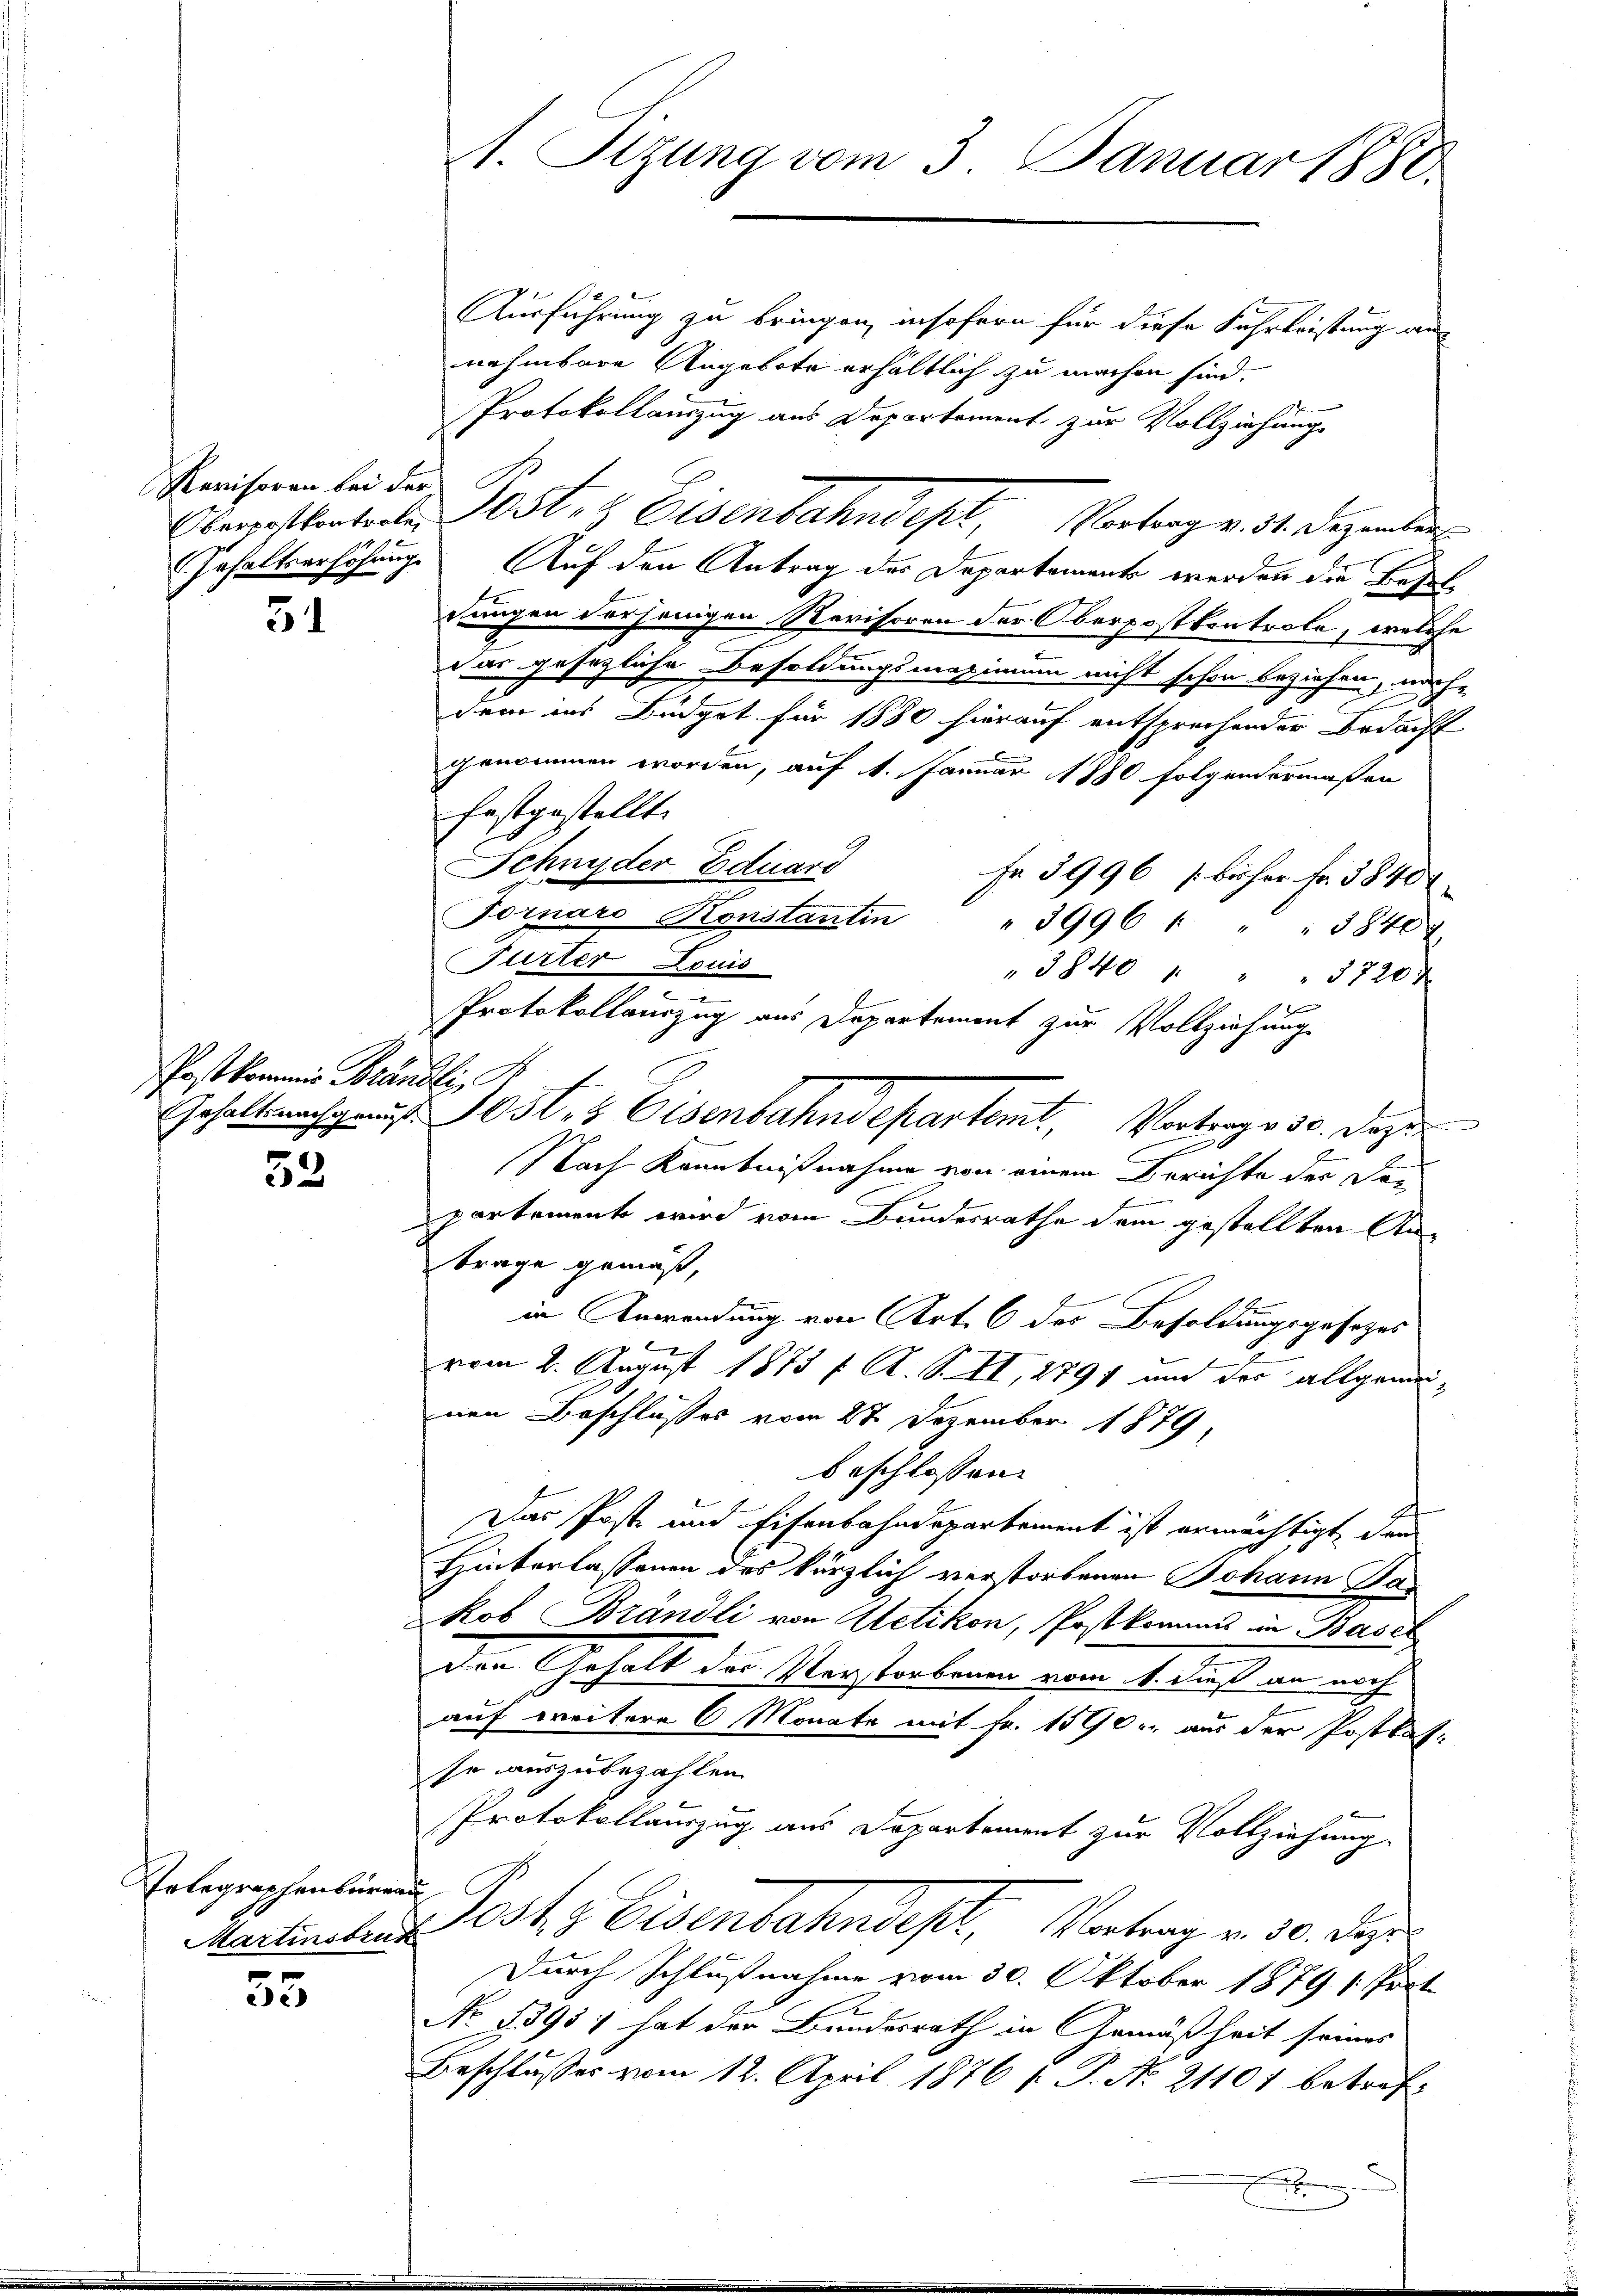
Revisoren bei der

51

Postkommis Brändli,

33.

Erlegraphenbüreau

55

1. Sizung vom 3. Januar 1880

Ausführung zu bringen, insofern für diese Fuhrleistung an
nehmbare Angebote erhältlich zu machen sind.
Protokollauszug aus Departement zur Vollziehung
Obergesterteilte Post- & Eisenbahndept, Vorberg v. 31. Dezember
Gehaltserhöhung Auf den Antrag des Departements werden die Besit
dungen derjenigen Revisoren der Oberpostkontrole, welche
das gesagliche Besoldungsmaximum nicht schon beziehen, nache
.
dem ins Budget für 1880 hierauf entsprechender Bedacht
genommen worden, auf 1. Januar 1880 folgendermassen
festgestellt.
Schnyder Eduard
Fr 3996 [bisher Fr. 3840
Fornaro Konstantin " 3996 " " " 3840
Puerter Louis
"3840 " " " 3720
Protokollauszug aus Departement zur Vollziehung
Gehalt nach auf 10 st. Eisenbahndepartemt, Vortrage 50. Dazu
Nach Kenntnißnahme von einem Berichte der Dec
partemente wird vom Bundesrathe dem gestellten Antrage gemäß,
in Anwendung von Art. 6 des Besoldungsgesetzes
vom 2. August 1873 f. A. S. II, 1791 und der allgemeinen Beschlusses vom 27. Dezember 1879,
beschlossen:
Das Poste und Eisenbahndepartement ist ermächtigt, den
Hinterlassenen des kärzlich verstorbenen Johann Pas
kob Brändli von Uetikon, Postkomans in Basel
den Gehalt des Verstorbenen vom 4. dieß an noch
auf weitere 6 Monate mit Fr. 1590 u. aus der Postkasse auszubezahlen.
Protokollauszug aus Departement zur Vollziehung.
Martinaten Posts Eisenbahndept, Vortrag v. 30. Deze
Durch Schlußnahme vom 30. Oktober 1879 1. Port
No 1391; hat der Bundesrath in Gemäßheit seines
Beschlusses vom 12. April 1876 ( P. No. 21101 betreff